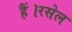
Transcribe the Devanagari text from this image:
हैं।रसेल